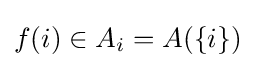
f(i)\in A_{i}=A(\{i\})